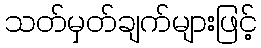
သတ်မှတ်ချက်များဖြင့်